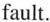
fault.